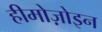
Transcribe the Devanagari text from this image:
हीमोज़ोइन